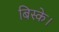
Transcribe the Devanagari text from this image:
बिस्के।